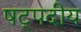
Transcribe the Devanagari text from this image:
षट्पदीय